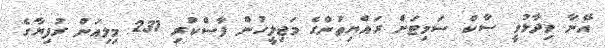
އޭނާ ވިދާޅުވީ ސާކް ސަމިޓަށް ރައްޔިތުންގެ މަޖިލީހުން ފާސްކުރި 231 މިލިއަން ރުފިޔާގެ